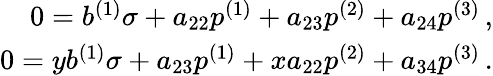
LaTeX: \begin{array}{r}{0=b^{(1)}\sigma+a_{22}p^{(1)}+a_{23}p^{(2)}+a_{24}p^{(3)}\, ,}\\ {0=yb^{(1)}\sigma+a_{23}p^{(1)}+xa_{22}p^{(2)}+a_{34}p^{(3)}\, .}\end{array}